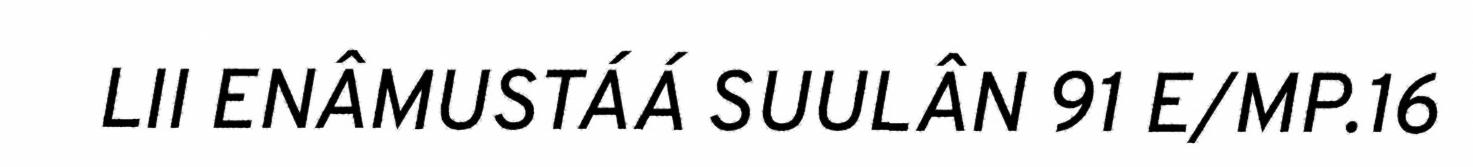
LII ENÂMUSTÁÁ SUULÂN 91 E/MP.16